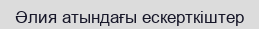
Әлия атындағы ескерткіштер